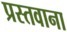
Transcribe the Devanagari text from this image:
प्रस्तवाना